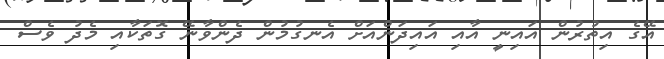
އޭގެ އިތުރުން އައިނީ އާއި އައިދަންއަށް އެނގުމުން ދެންވާނޭ ގޮތަކާއި މެދު ވެސް